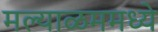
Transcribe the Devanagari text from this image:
मल्याळममध्ये